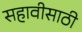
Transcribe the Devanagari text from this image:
सहावीसाठी